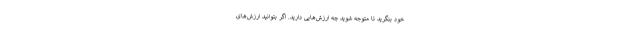
خود بنگرید تا متوجه شوید چه ارزش‌هایی دارید. اگر بتوانید ارزش‌های